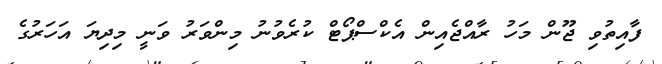
ފާއިތުވި ޖޫން މަހު ރާއްޖެއިން އެކްސްޕޯޓް ކުރެވުނު މިންވަރު ވަނީ މިދިޔަ އަހަރުގެ